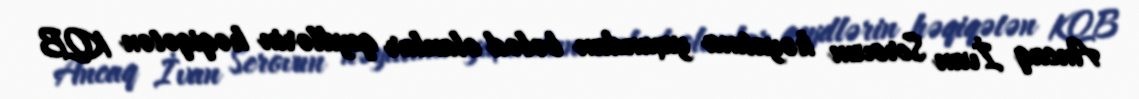
Ancaq İvan Serovun həyatına yaxından bələd olanlar qeydlərin həqiqətən KQB